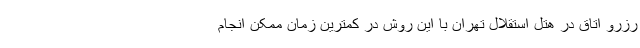
رزرو اتاق در هتل استقلال تهران با این روش در کمترین زمان ممکن انجام